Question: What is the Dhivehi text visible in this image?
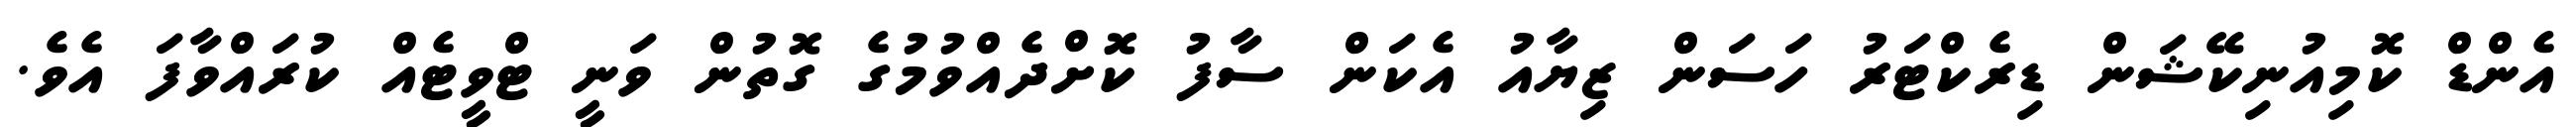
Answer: އެންޑް ކޮމިއުނިކޭޝަން ޑިރެކްޓަރު ހަސަން ޒިޔާއު އެކަން ސާފު ކޮށްދެއްވުމުގެ ގޮތުން ވަނީ ޓްވީޓެއް ކުރައްވާފަ އެވެ.